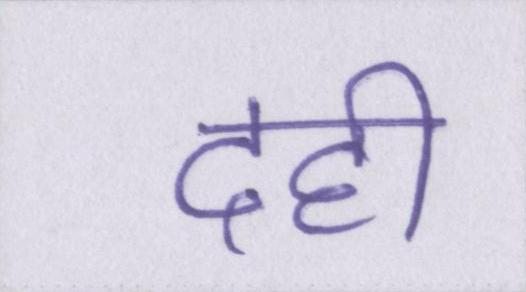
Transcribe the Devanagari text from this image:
दही